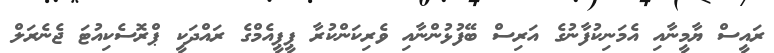
ރައީސް ޔާމީނާއި އެމަނިކުފާނުގެ އަރިސް ބޭފުޅުންނާއި ވެރިކަންކުރާ ޕީޕީއެމްގެ ރައްދަކީ ޕްރޮސެކިއުޓަ ޖެނެރަލް